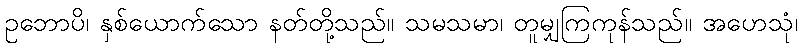
ဥဘောပိ၊ နှစ်ယောက်သော နတ်တို့သည်။ သမသမာ၊ တူမျှကြကုန်သည်။ အဟေသုံ၊